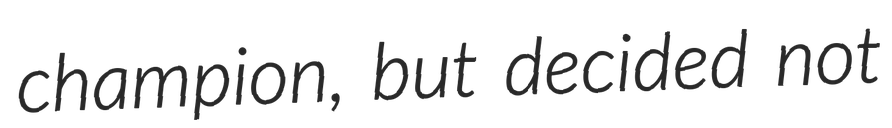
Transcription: champion, but decided not